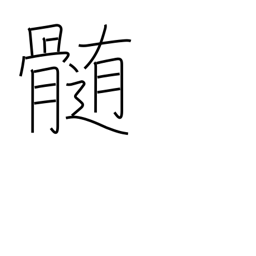
Meaning: essence